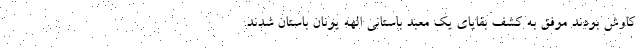
کاوش بودند موفق به کشف بقایای یک معبد باستانی الهه یونان باستان شدند.